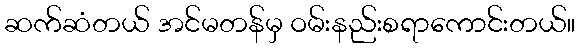
ဆက်ဆံတယ် အင်မတန်မှ ဝမ်းနည်းစရာကောင်းတယ်။